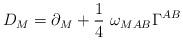
LaTeX: \begin{align*}D_M = \partial_M + {1\over 4}~\omega_{MAB} \Gamma^{AB}\end{align*}